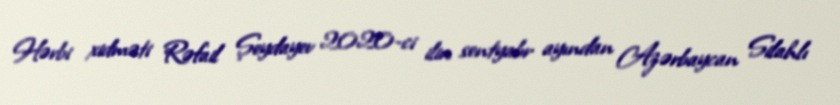
Hərbi xidməti Rəfail Şeydayev 2020-ci ilin sentyabr ayından Azərbaycan Silahlı